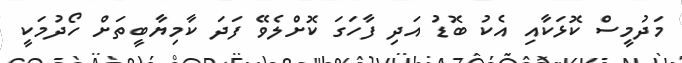
މަދުމީސް ކޮޅަކާއި އެކު ބޮޑު އަދި ފާހަގަ ކޮށްލެވޭ ފަދަ ކާމިޔާބީތަށް ހޯދުމަކީ